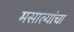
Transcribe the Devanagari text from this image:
मसाल्यांचा